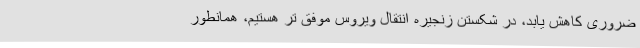
ضروری کاهش یابد، در شکستن زنجیره انتقال ویروس موفق تر هستیم، همانطور